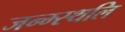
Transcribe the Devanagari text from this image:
जन्म्स्थलि